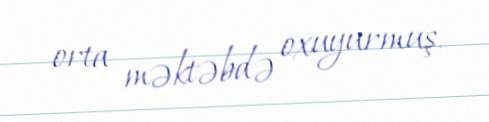
orta məktəbdə oxuyurmuş.